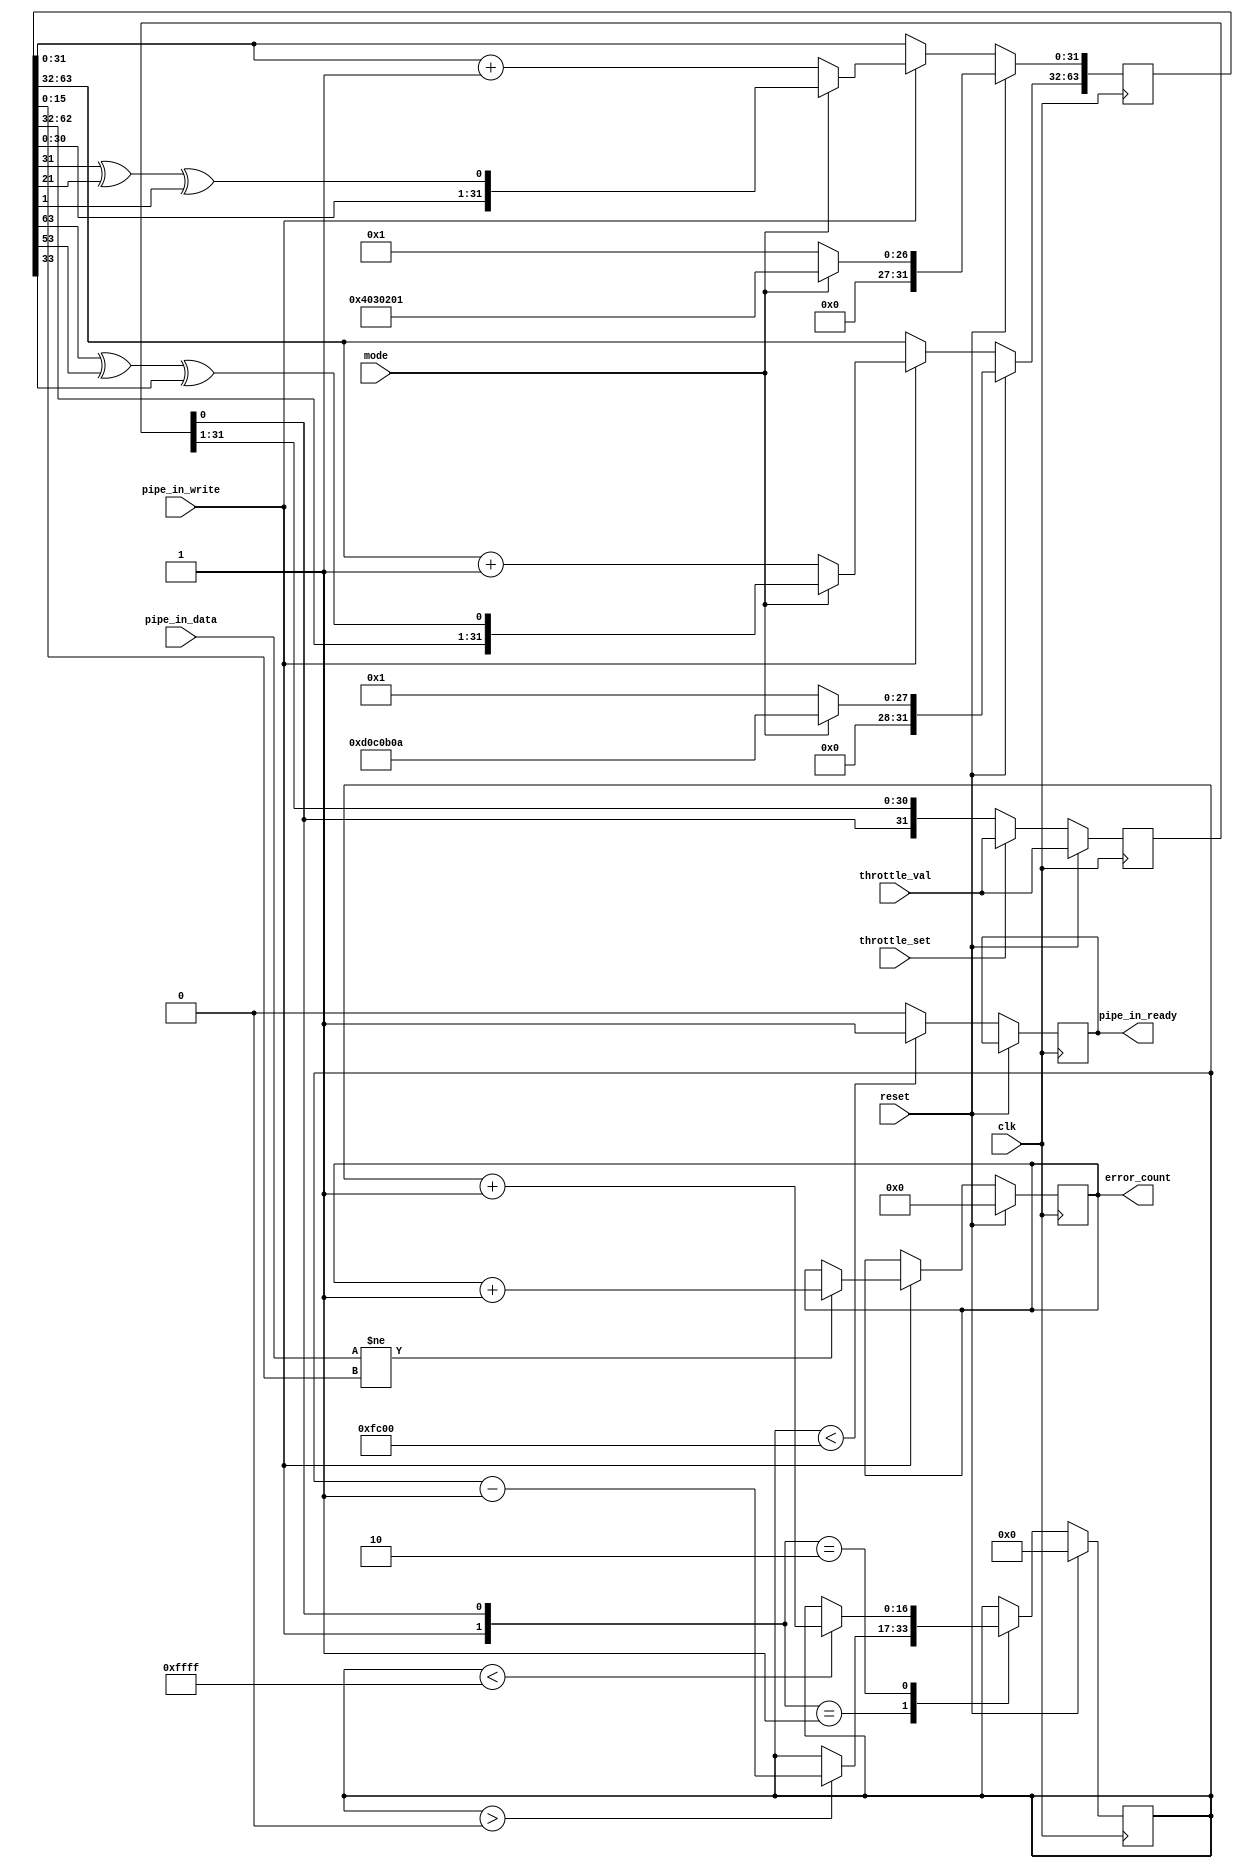
//------------------------------------------------------------------------
// pipe_in_check.v
//
// Received data and checks against pseudorandom sequence for Pipe In.
//
// Even though we're able to produce data in sequence every clock cycle,
// a virtual FIFO is used to provide a way to throttle transfers on a 
// block basis.
//
// Copyright (c) 2005-2010  Opal Kelly Incorporated
// $Rev$ $Date$
//------------------------------------------------------------------------
`timescale 1ns / 1ps
`default_nettype none

module pipe_in_check(
	input  wire            clk,
	input  wire            reset,
	input  wire            pipe_in_write,
	input  wire [15:0]     pipe_in_data,
	output reg             pipe_in_ready,
	input  wire            throttle_set,
	input  wire [31:0]     throttle_val,
	input  wire            mode,               // 0=Count, 1=LFSR
	output reg  [31:0]     error_count
	);

reg  [63:0]  lfsr;
reg  [31:0]  throttle;
reg  [16:0]  level;


//------------------------------------------------------------------------
// LFSR mode signals
//
// 32-bit: x^32 + x^22 + x^2 + 1
// lfsr_out_reg[0] <= r[31] ^ r[21] ^ r[1]
//------------------------------------------------------------------------
always @(posedge clk) begin
	if (reset == 1'b1) begin
		error_count <= 0;
		throttle <= throttle_val;
		level <= 16'd0;
		
		if (mode == 1'b1) begin
			lfsr  <= 64'h0D0C0B0A04030201;
		end else begin
			lfsr  <= 64'h0000000100000001;
		end
	end else begin
		if (level < 16'd64512) begin
			pipe_in_ready <= 1'b1;
		end else begin
			pipe_in_ready <= 1'b0;
		end
	
		// Update our virtual FIFO level.
		case ({pipe_in_write, throttle[0]})
			2'b00: begin
			end
			
			// Read : Decrease the FIFO level
			2'b01: begin
				if (level > 16'd0) begin
					level <= level - 1'b1;
				end
			end
			
			// Write : Increase the FIFO level
			2'b10: begin
				if (level < 16'd65535) begin
					level <= level + 1'b1;
				end
			end
			
			// Read/Write : No net change
			2'b11: begin
			end
		endcase
	
		// The throttle is a circular register.
		// 1 enabled read or write this cycle.
		// 0 disables read or write this cycle.
		// So a single bit (0x00000001) would lead to 1/32 data rate.
		// Similarly 0xAAAAAAAA would lead to 1/2 data rate.
		if (throttle_set == 1'b1) begin
			throttle <= throttle_val;
		end else begin
			throttle <= {throttle[0], throttle[31:1]};
		end
		
		
		// Check incoming data for validity
		if (pipe_in_write == 1'b1) begin
			if (pipe_in_data[15:0] != lfsr[15:0]) begin
				error_count <= error_count + 1'b1;
			end
		end

		// Cycle the LFSR
		if (pipe_in_write == 1'b1) begin
			if (mode == 1'b1) begin
				lfsr[31:0]  <= {lfsr[30:0],  lfsr[31] ^ lfsr[21] ^ lfsr[1] };
				lfsr[63:32] <= {lfsr[62:32], lfsr[63] ^ lfsr[53] ^ lfsr[33]};
			end else begin
				lfsr[31:0]  <= lfsr[31:0]  + 1'b1;
				lfsr[63:32] <= lfsr[63:32] + 1'b1;
			end
		end
	end
end

endmodule